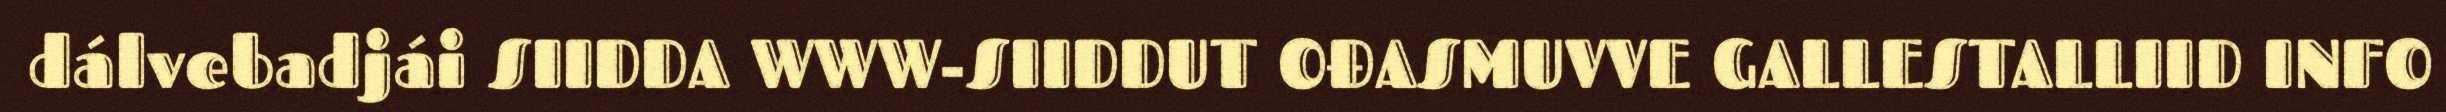
dálvebadjái SIIDDA WWW-SIIDDUT OĐASMUVVE GALLESTALLIID INFO